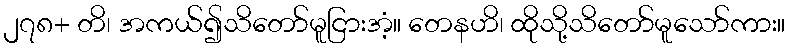
၂၇၈+ တိ၊ အကယ်၍သိတော်မူငြားအံ့။ တေနဟိ၊ ထိုသို့သိတော်မူသော်ကား။